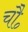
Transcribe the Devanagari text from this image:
चौ॰